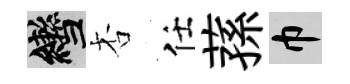
轡杏任蓀巾